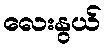
လေးနွယ်